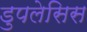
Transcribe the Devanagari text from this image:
डुपलेसिस